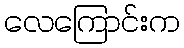
လေကြောင်းက